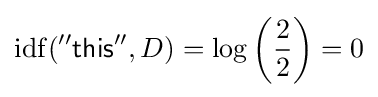
\mathrm {idf} ({\mathsf {''this''}},D)=\log \left({\frac {2}{2}}\right)=0